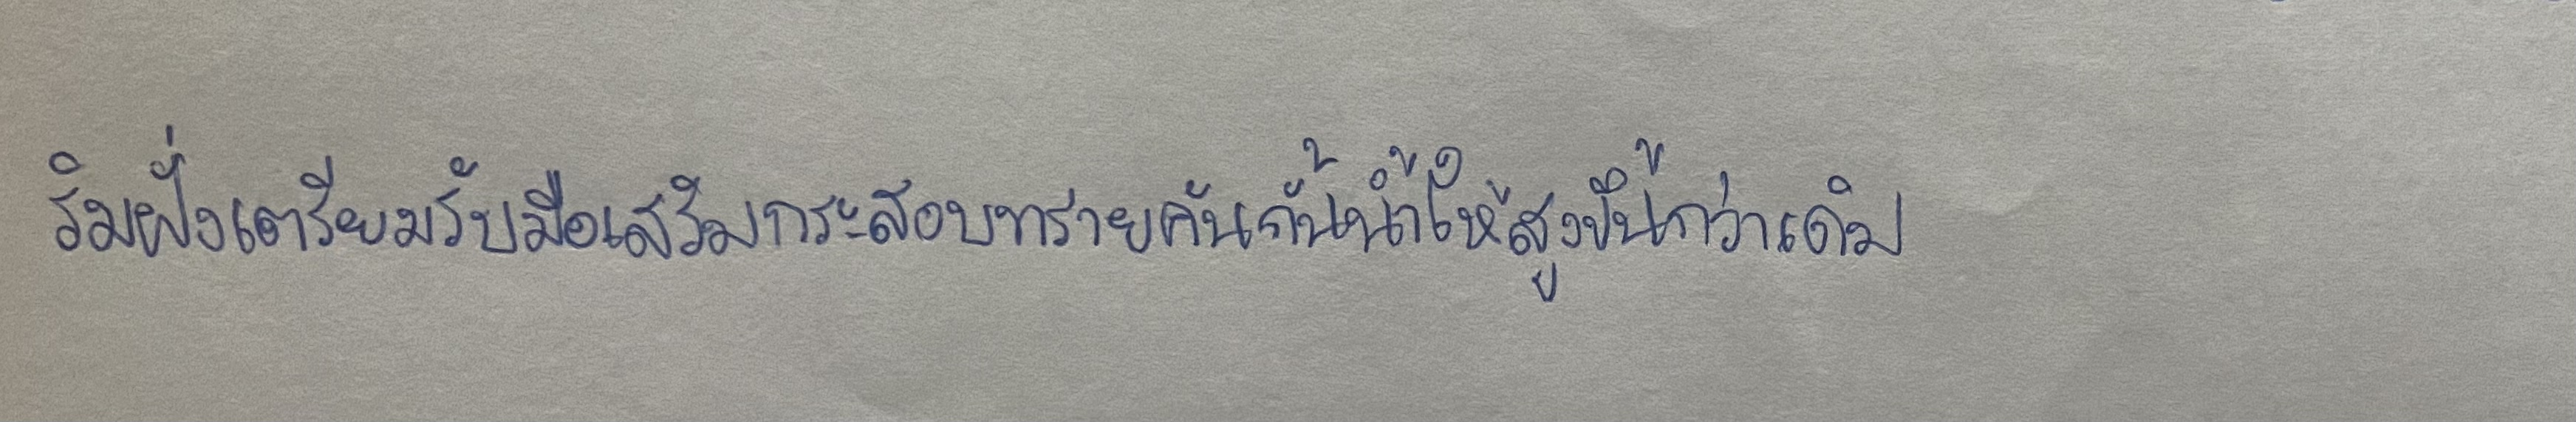
ริมฝั่งเตรียมรับมือเสริมกระสอบทรายคันกั้นน้ำให้สูงขึ้นกว่าเดิม